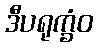
ဒီပရုက္ခံဝ